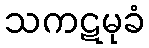
သကဋမုခံ